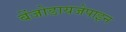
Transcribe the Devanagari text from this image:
बेंजोडायजेपाइन